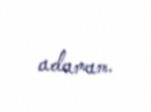
adamam.